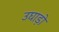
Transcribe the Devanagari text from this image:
उघाड़ो